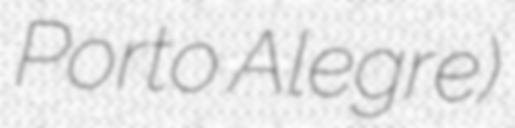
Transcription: Porto Alegre)